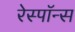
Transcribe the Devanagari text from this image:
रेस्पाॅन्स